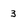
Character: 3